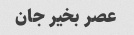
عصر بخیر جان